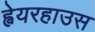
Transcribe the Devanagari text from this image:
ह्वेयरहाउस